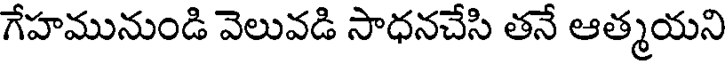
గేహమునుండి వెలువడి సాధనచేసి తనే ఆత్మయని